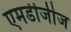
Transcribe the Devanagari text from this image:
एमडीजीज